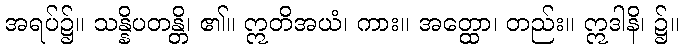
အရပ်၌။ သန္နိပတန္တိ၊ ၏။ ဣတိအယံ၊ ကား။ အတ္ထော၊ တည်း။ ဣဒါနိ၊ ၌။